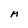
Character: M